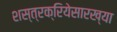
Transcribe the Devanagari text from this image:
शस्त्रक्रियेसारख्या